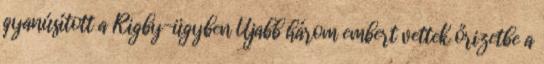
gyanúsított a Rigby-ügyben Újabb három embert vettek őrizetbe a